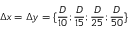
\Delta x = \Delta y = \{ \frac { D } { 1 0 } ; \frac { D } { 1 5 } ; \frac { D } { 2 5 } ; \frac { D } { 5 0 } \}